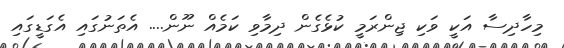
މިހާދިސާ އަކީ ވަކި ޖިންރަމީ ކުޅެގެން ދިމާވި ކަމެއް ނޫން.... އެތަނުގައި އެގަޑީގައި